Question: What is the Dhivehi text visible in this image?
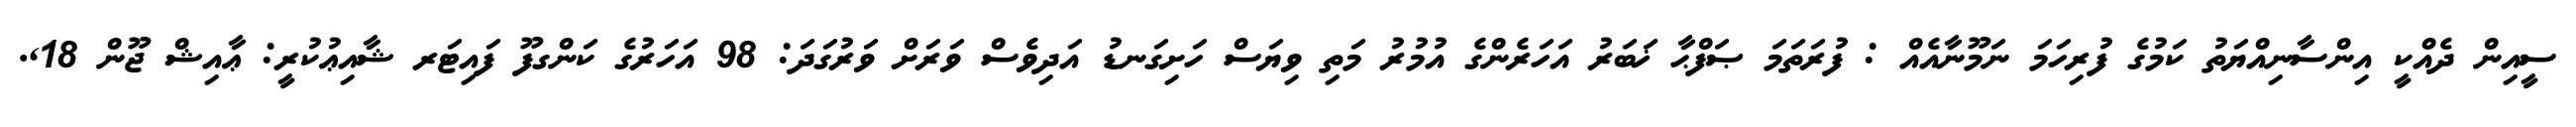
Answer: ސީއިން ދެއްކީ އިންސާނިއްޔަތު ކަމުގެ ފުރިހަމަ ނަމޫނާއެއް : ފުރަތަމަ ޞަފްޙާ ޚަބަރު އަހަރެންގެ އުމުރު މަތި ވިޔަސް ހަށިގަނޑު އަދިވެސް ވަރަށް ވަރުގަދަ: 98 އަހަރުގެ ކަންގފޫ ފައިޓަރ ޝާއިޢުކުރީ: ޢާއިޝް ޖޫން 18,.